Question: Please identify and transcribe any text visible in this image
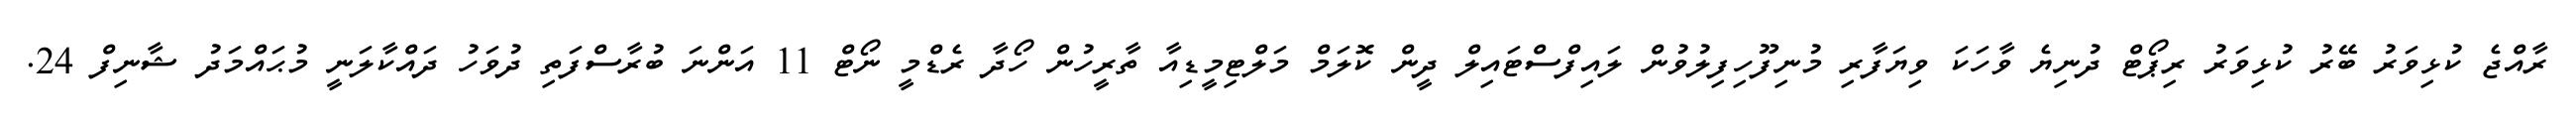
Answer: ރާއްޖެ ކުޅިވަރު ބޭރު ކުޅިވަރު ރިޕޯޓް ދުނިޔެ ވާހަކަ ވިޔަފާރި މުނިފޫހިފިލުވުން ލައިފްސްޓައިލް ދީން ކޮލަމް މަލްޓިމީޑިއާ ތާރީހުން ހޯދާ ރެޑްމީ ނޯޓް 11 އަންނަ ބުރާސްފަތި ދުވަހު ދައްކާލަނީ މުޙައްމަދު ޝާނިފް 24.